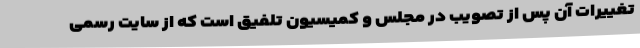
تغییرات آن پس از تصویب در مجلس و کمیسیون تلفیق است که از سایت رسمی